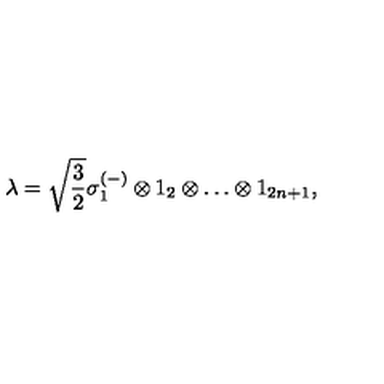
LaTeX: \lambda = \sqrt { \frac { 3 } { 2 } } \sigma _ { 1 } ^ { ( - ) } \otimes 1 _ { 2 } \otimes \ldots \otimes 1 _ { 2 n + 1 } ,